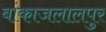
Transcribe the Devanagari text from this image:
बांकाजलालपुर